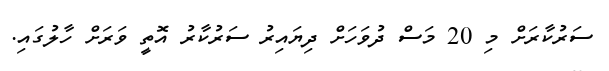
ސަރުކާރަށް މި 20 މަސް ދުވަހަށް ދިޔައިރު ސަރުކާރު އޮތީ ވަރަށް ހާލުގައި.